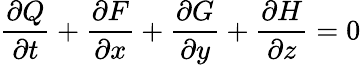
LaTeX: {\frac{\partial Q}{\partial t}}+{\frac{\partial F}{\partial x}}+{\frac{\partial G}{\partial y}}+{\frac{\partial H}{\partial z}}=0